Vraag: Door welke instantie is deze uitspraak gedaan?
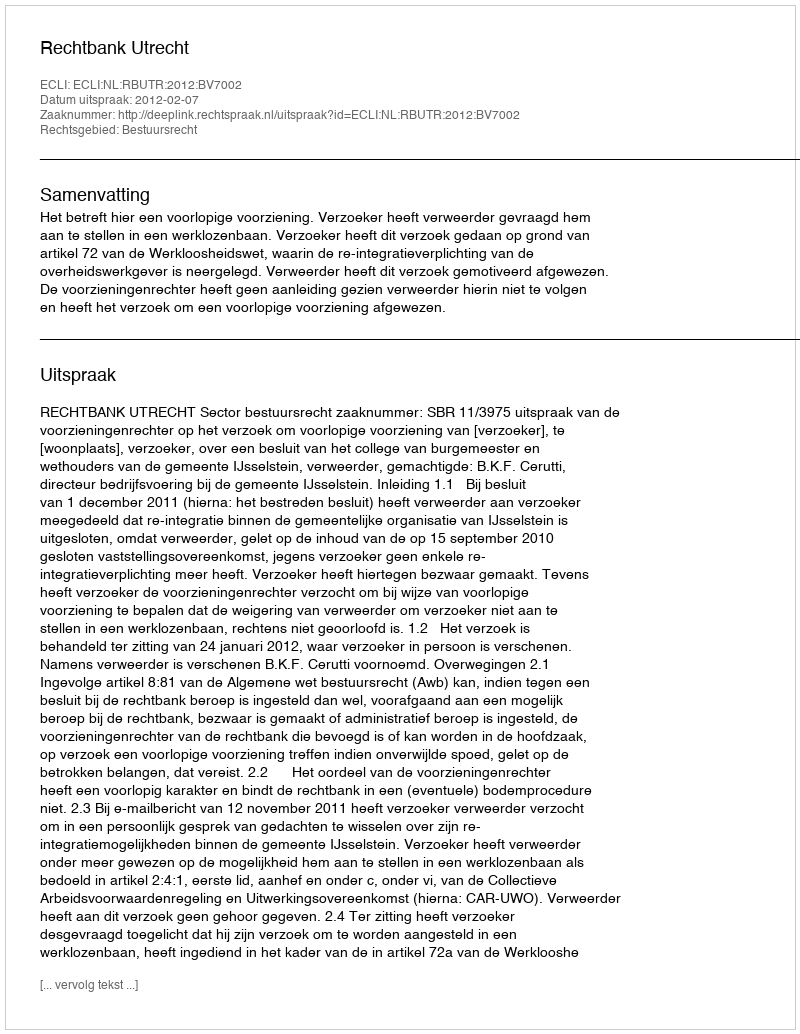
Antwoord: Rechtbank Utrecht